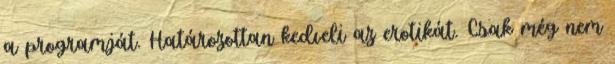
a programját. Határozottan kedveli az erotikát. Csak még nem